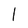
Character: 1